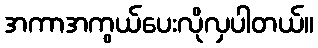
အကာအကွယ်ပေးလိုလှပါတယ်။